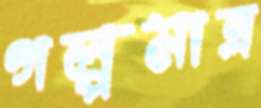
গল্পমাত্র